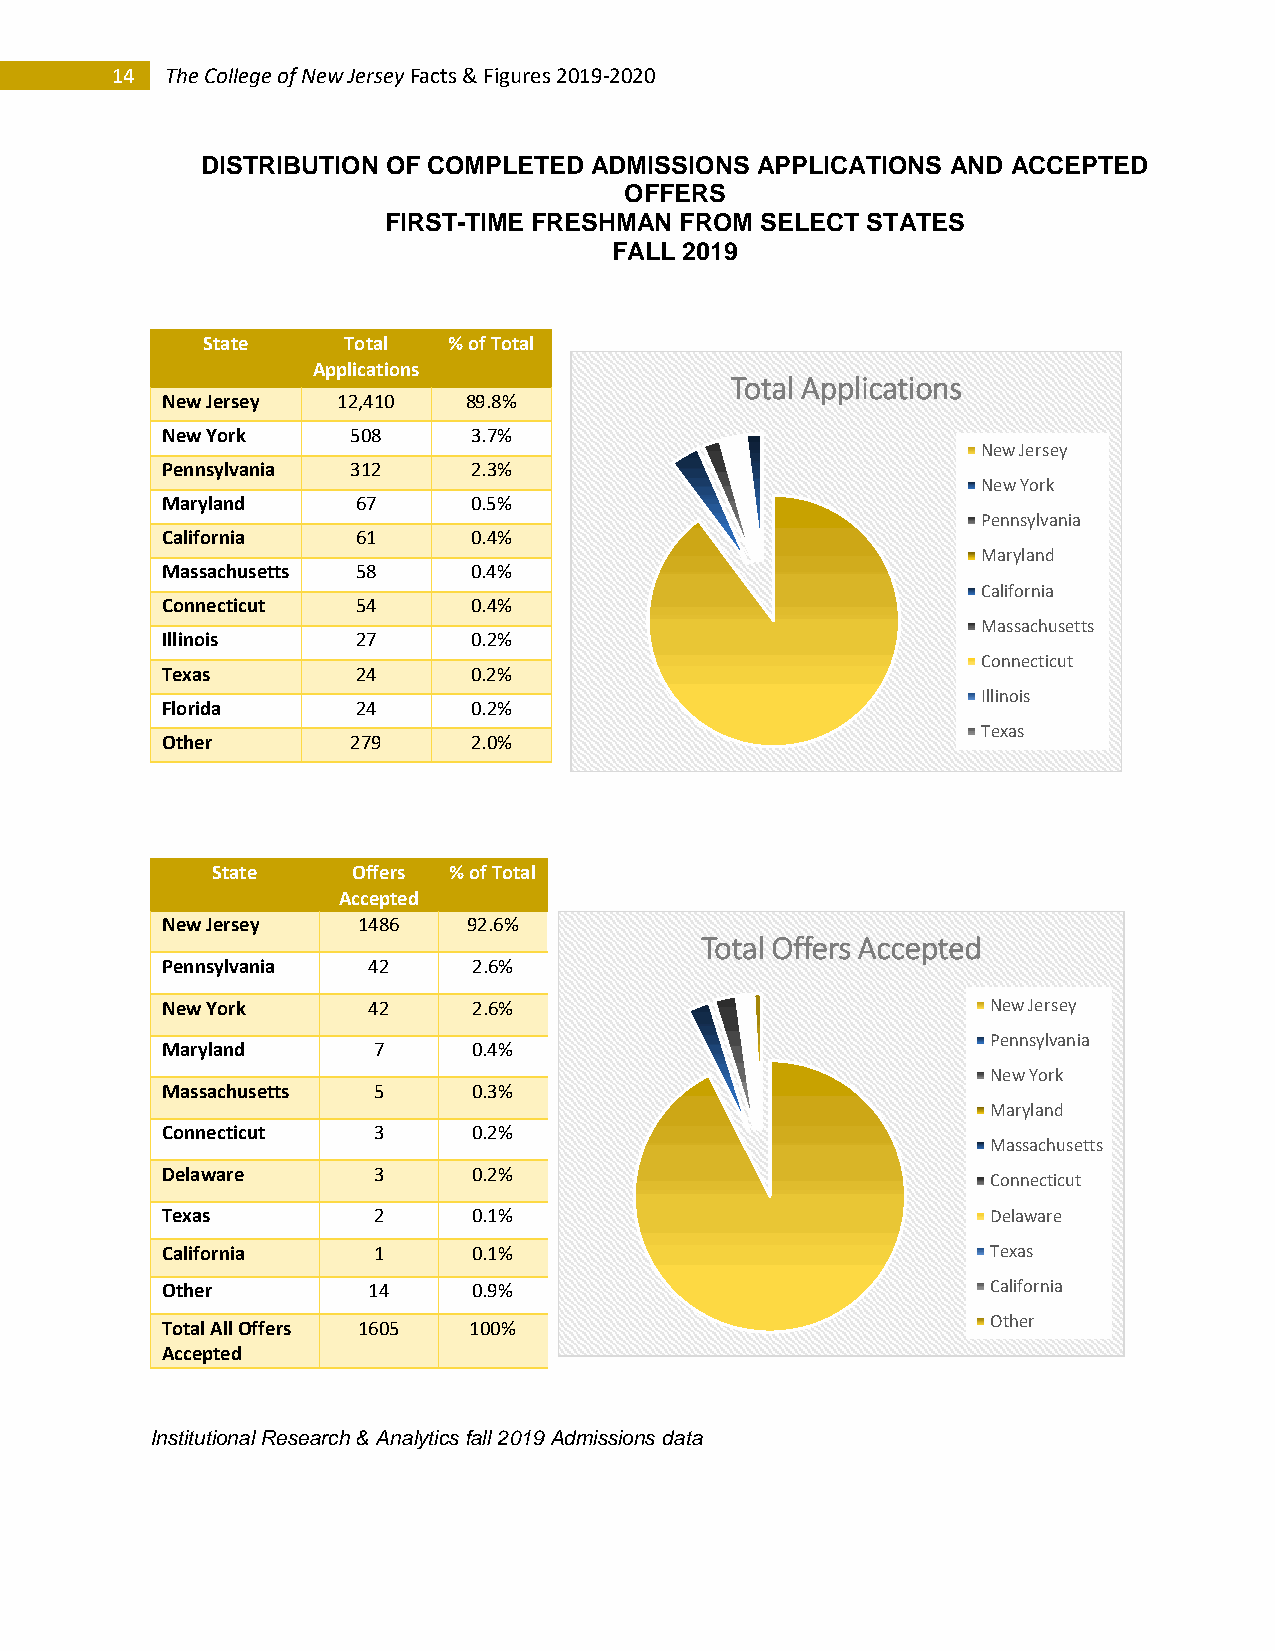
14  The College of New Jersey Facts & Figures 2019-2020
 DISTRIBUTION OF COMPLETED ADMISSIONS APPLICATIONS AND ACCEPTED
 OFFERS
 FIRST-TIME FRESHMAN FROM SELECT STATES
 FALL 2019
 State     Total  % of Total
 Applications
 Total Applications
 New Jersey 12,410   89.8%
 New York    508     3.7%
 New Jersey
 Pennsylvania 312    2.3%
 New York
 Maryland     67     0.5%
 Pennsylvania
 California   61     0.4%
 Maryland
 Massachusetts 58    0.4%
 California
 Connecticut  54     0.4%
 Massachusetts
 Illinois     27     0.2%
 Connecticut
 Texas        24     0.2%
 Illinois
 Florida      24     0.2%
 Texas
 Other       279     2.0%
 State    Offers % of Total
 Accepted
 New Jersey   1486   92.6%
 Total Offers Accepted
 Pennsylvania 42     2.6%
 New York     42     2.6%                               New Jersey
 Pennsylvania
 Maryland      7     0.4%
 New York
 Massachusetts 5     0.3%
 Maryland
 Connecticut   3     0.2%
 Massachusetts
 Delaware      3     0.2%
 Connecticut
 Texas         2     0.1%                               Delaware
 California    1     0.1%                               Texas
 Other        14     0.9%                               California
 Total All Offers 1605 100%                             Other
 Accepted
 Institutional Research & Analytics fall 2019 Admissions data